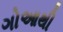
ગોઆથી